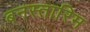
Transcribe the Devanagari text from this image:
बनस्तारिम